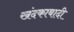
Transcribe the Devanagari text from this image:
खंदकाबादी